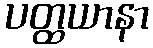
ပတ္ထယာနာ